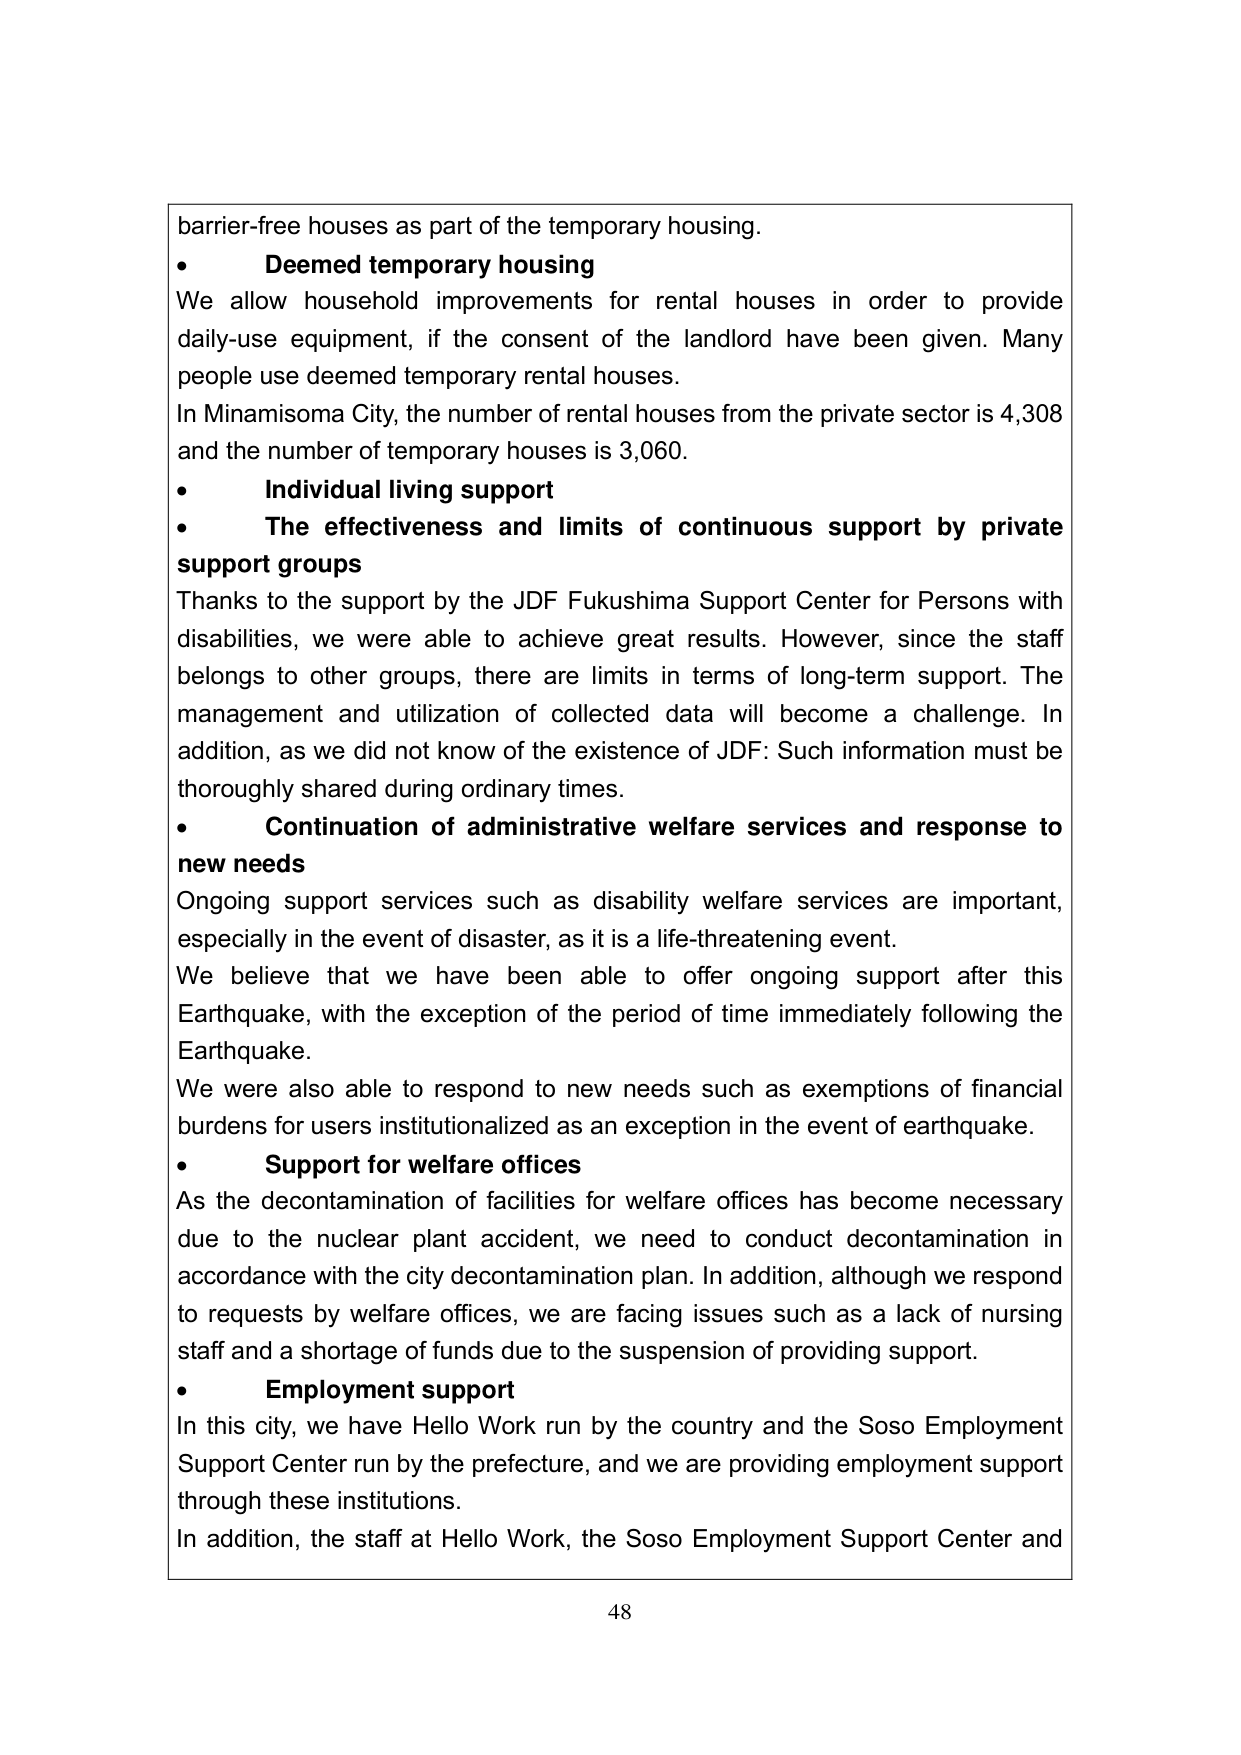
barrier-free houses as part of the temporary housing.
• Deemed temporary housing
We allow household improvements for rental houses in order to provide daily-use equipment, if the consent of the landlord have been given. Many people use deemed temporary rental houses.
In Minamisoma City, the number of rental houses from the private sector is 4,308 and the number of temporary houses is 3,060.
• Individual living support
• The effectiveness and limits of continuous support by private support groups
Thanks to the support by the JDF Fukushima Support Center for Persons with disabilities, we were able to achieve great results. However, since the staff belongs to other groups, there are limits in terms of long-term support. The management and utilization of collected data will become a challenge. In addition, as we did not know of the existence of JDF: Such information must be thoroughly shared during ordinary times.
• Continuation of administrative welfare services and response to new needs
Ongoing support services such as disability welfare services are important, especially in the event of disaster, as it is a life-threatening event.
We believe that we have been able to offer ongoing support after this Earthquake, with the exception of the period of time immediately following the Earthquake.
We were also able to respond to new needs such as exemptions of financial burdens for users institutionalized as an exception in the event of earthquake.
• Support for welfare offices
As the decontamination of facilities for welfare offices has become necessary due to the nuclear plant accident, we need to conduct decontamination in accordance with the city decontamination plan. In addition, although we respond to requests by welfare offices, we are facing issues such as a lack of nursing staff and a shortage of funds due to the suspension of providing support.
• Employment support
In this city, we have Hello Work run by the country and the Soso Employment Support Center run by the prefecture, and we are providing employment support through these institutions.
In addition, the staff at Hello Work, the Soso Employment Support Center and
48